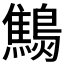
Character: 𪆔